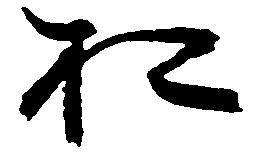
於